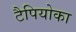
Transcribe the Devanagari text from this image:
टैपियोका